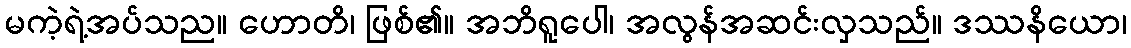
မကဲ့ရဲ့အပ်သည။ ဟောတိ၊ ဖြစ်၏။ အဘိရူပေါ၊ အလွန်အဆင်းလှသည်။ ဒဿနိယော၊